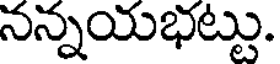
నన్నయభట్టు.